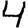
Digit: 4